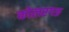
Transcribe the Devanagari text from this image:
कोलरगङ